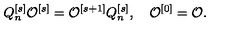
Q _ { n } ^ { [ s ] } { \cal O } ^ { [ s ] } = { \cal O } ^ { [ s + 1 ] } Q _ { n } ^ { [ s ] } , \quad { \cal O } ^ { [ 0 ] } = { \cal O } .